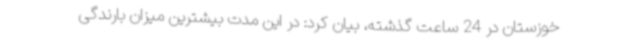
خوزستان در 24 ساعت گذشته، بیان کرد: در این مدت بیشترین میزان بارندگی